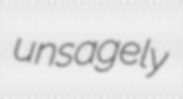
unsagely